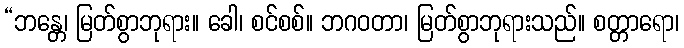
“ဘန္တေ၊ မြတ်စွာဘုရား။ ခေါ၊ စင်စစ်။ ဘဂဝတာ၊ မြတ်စွာဘုရားသည်။ စတ္တာရော၊